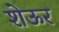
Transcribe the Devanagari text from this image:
शेऊर